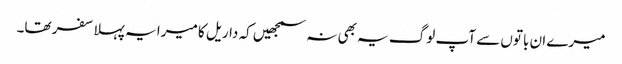
میرے ان باتوں سے آپ لوگ یہ بھی نہ سمجھیں کہ داریل کا میرا یہ پہلا سفر تھا۔